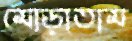
মোড়াতাম